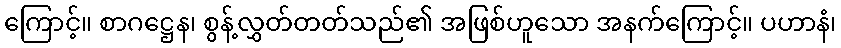
ကြောင့်။ စာဂဋ္ဌေန၊ စွန့်လွှတ်တတ်သည်၏ အဖြစ်ဟူသော အနက်ကြောင့်။ ပဟာနံ၊